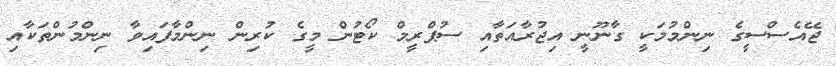
ޖޭއެސްސީގެ ނިންމުމަކީ ގާނޫނީ އިޖުރާއަތާއި ސުޕްރީމް ކޯޓުން މީގެ ކުރިން ނިންމާފައިވާ ނިންމުންތަކާއި